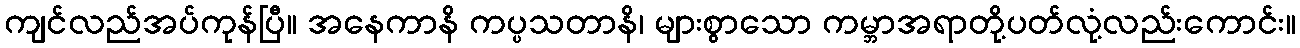
ကျင်လည်အပ်ကုန်ပြီ။ အနေကာနိ ကပ္ပသတာနိ၊ များစွာသော ကမ္ဘာအရာတို့ပတ်လုံ့လည်းကောင်း။